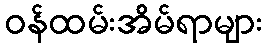
ဝန်ထမ်းအိမ်ရာများ